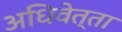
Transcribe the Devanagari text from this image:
अधिवेत्ता